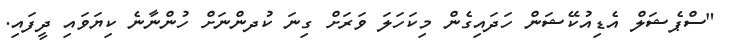
"ސްޕެޝަލް އެޑިއުކޭޝަން ހަދައިގެން މިކަހަލަ ވަރަށް ގިނަ ކުދންނަށް ހުންނާނެ ކިޔަވައި ދީފައި.